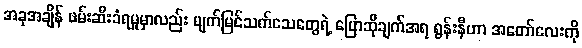
အခုအချိန် ဖမ်းဆီးခံရမှုမှာလည်း မျက်မြင်သက်သေတွေရဲ့ ပြောဆိုချက်အရ ရွန်းနီဟာ အတော်လေးကို